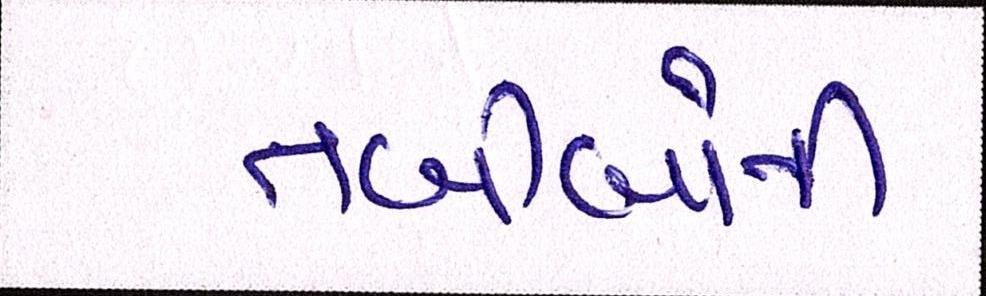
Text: તબીબોની